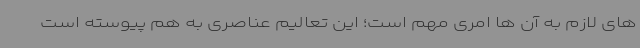
های لازم به آن ها امری مهم است؛ این تعالیم عناصری به هم پیوسته است